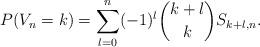
LaTeX: \begin{align*} P(V_{n}=k) = \sum\limits^{n}_{\substack{l=0}} (-1)^{l} \binom{k+l}{k} S_{k+l,n}.\end{align*}